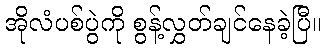
အိုလံပစ်ပွဲကို စွန့်လွှတ်ချင်နေခဲ့ပြီ။